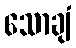
သောချံ